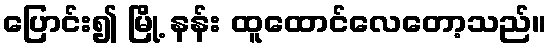
ပြောင်း၍ မြို့ နန်း ထူထောင်လေတော့သည်။